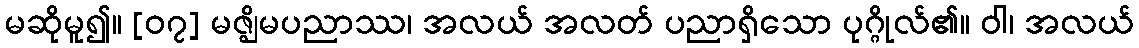
မဆိုမူ၍။ [၀၇] မဇ္ဈိမပညာဿ၊ အလယ် အလတ် ပညာရှိသော ပုဂ္ဂိုလ်၏။ ဝါ၊ အလယ်